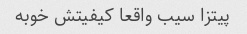
پیتزا سیب واقعا کیفیتش خوبه